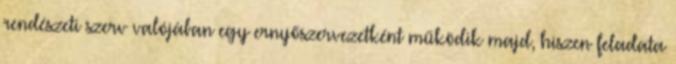
rendészeti szerv valójában egy ernyőszervezetként működik majd, hiszen feladata